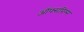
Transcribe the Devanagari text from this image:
ऑफ्सप्रिंग्स